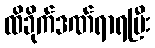
ထိခိုက်ဒဏ်ရာရပြီး